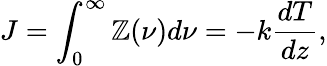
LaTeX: J=\int_{0}^{\infty}\mathbb{Z}(\nu)d\nu=-k\frac{{dT}}{{dz}},